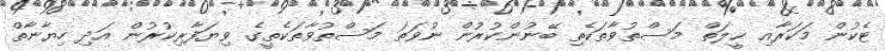
ޓެކުން މަކަރާއި ޙީލަތް މަސްތުވާތަކެތި ބޭނުންކުރުން ނުވަތަ މަސްތުވާތަކެތީގެ ވިޔަފާރިކުރުން އަދި ހިޔާނާތް